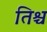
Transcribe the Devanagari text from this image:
तिश्च